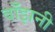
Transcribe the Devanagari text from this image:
बाँझनी